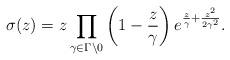
LaTeX: \begin{align*}\sigma (z) = z \prod_{\gamma \in \Gamma \backslash 0} \left(1- \frac{z}{\gamma}\right) e^{\frac{z}{\gamma} + \frac{z^2}{2 \gamma^2}}.\end{align*}